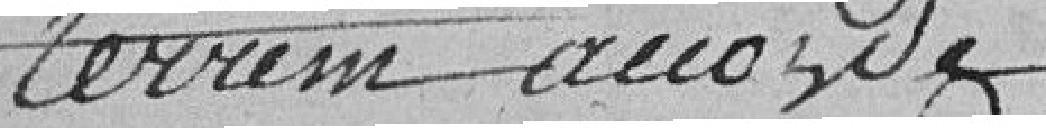
terrain accordé